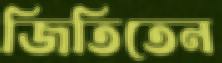
জিতিতেন